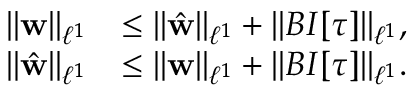
\begin{array} { r l } { \| \mathbf { w } \| _ { \ell ^ { 1 } } } & { \leq \| \hat { \mathbf { w } } \| _ { \ell ^ { 1 } } + \| B I [ \boldsymbol { \tau } ] \| _ { \ell ^ { 1 } } , } \\ { \| \hat { \mathbf { w } } \| _ { \ell ^ { 1 } } } & { \leq \| \mathbf { w } \| _ { \ell ^ { 1 } } + \| B I [ \boldsymbol { \tau } ] \| _ { \ell ^ { 1 } } . } \end{array}